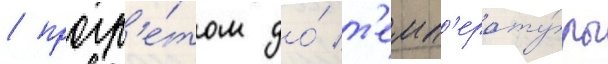
/ прогр'е́том до́ т'емп'ерату́ры